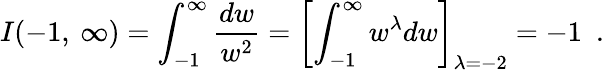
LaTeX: I(-1,\: \infty)=\int_{-1}^{\infty}\frac{dw}{w^{2}}=\left[\int_{-1}^{\infty}w^{\lambda}dw\right]_{\lambda=-2}=-1~~.